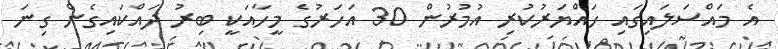
އެ މައްސަލައިގައި ހައްޔަރުކުރި އުމުރުން 30 އަހަރުގެ މީހާއަކީ ބިރު ދައްކައިގެން ގިނަ